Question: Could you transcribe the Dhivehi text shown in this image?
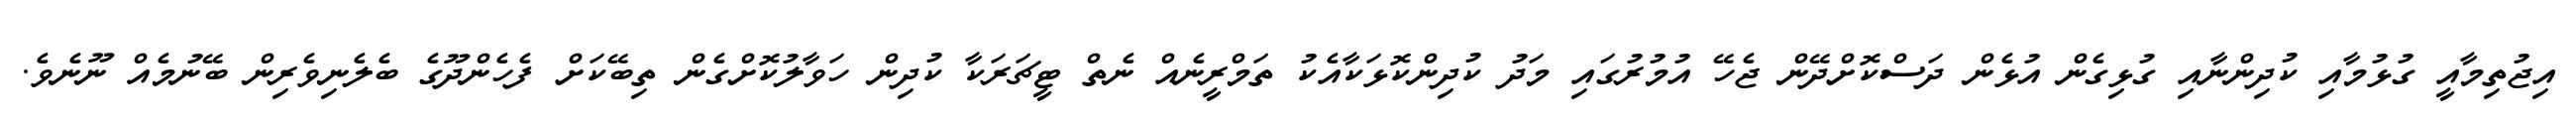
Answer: އިޖުތިމާއީ ގުޅުމާއި ކުދިންނާއި ގުޅިގެން އުޅެން ދަސްކޮށްދޭން ޖެހޭ އުމުރުގައި މަދު ކުދިންކޮޅަކާއެކު ތަމްރީނެއް ނެތް ޓީޗަރަކާ ކުދިން ހަވާލުކޮށްގެން ތިބޭކަށް ފެހެންދޫގެ ބެލެނިވެރިން ބޭނުމެއް ނޫނެވެ.